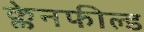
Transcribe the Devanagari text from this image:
क्लेनफील्ड